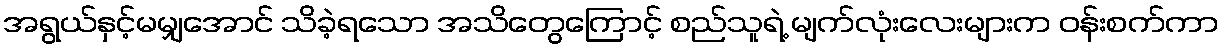
အရွယ်နှင့်မမျှအောင် သိခဲ့ရသော အသိတွေကြောင့် စည်သူရဲ့ မျက်လုံးလေးများက ဝန်းစက်ကာ